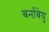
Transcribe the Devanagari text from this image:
बर्नाबेयु